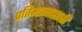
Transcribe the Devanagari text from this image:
प्रतिमानासाठी